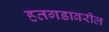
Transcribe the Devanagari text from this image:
हतगडावरील